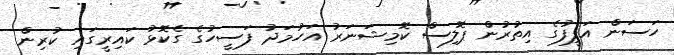
ހަސަން އަފީފުގެ އިތުރުން ޕޮލިސް ކޮމިޝަނަރު އަހުމަދު ފަސީހުގެ ގެކޮޅު ކައިރީގައި ކުރިން